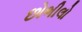
છોભીલો